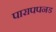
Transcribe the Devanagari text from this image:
पारापपनड